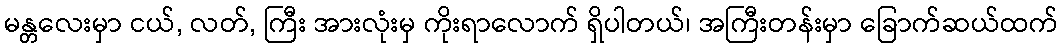
မန္တလေးမှာ ငယ်, လတ်, ကြီး အားလုံးမှ ကိုးရာလောက် ရှိပါတယ်၊ အကြီးတန်းမှာ ခြောက်ဆယ်ထက်